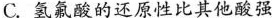
C.氢氟酸的还原性比其他酸强